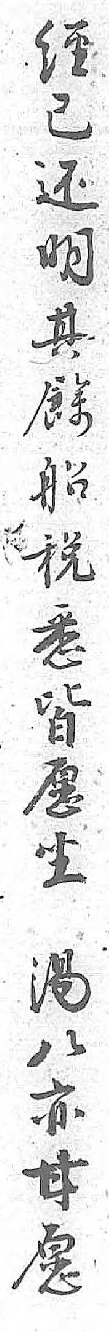
經已还明其餘船税悉皆愿坐湯八亦甘愿